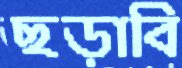
ছড়াবি